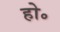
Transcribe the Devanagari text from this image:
हो॰